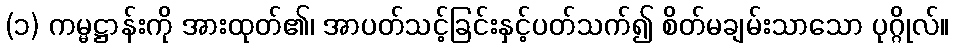
(၁) ကမ္မဋ္ဌာန်းကို အားထုတ်၏၊ အာပတ်သင့်ခြင်းနှင့်ပတ်သက်၍ စိတ်မချမ်းသာသော ပုဂ္ဂိုလ်။